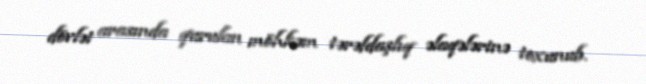
dövlət arasında qurulan möhkəm tərəfdaşlıq əlaqələrinə toxunub.